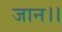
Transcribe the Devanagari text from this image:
जान।।